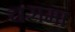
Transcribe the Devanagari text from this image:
चरामा